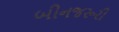
બીનજરૂરી